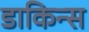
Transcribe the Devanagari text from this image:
डाकिन्स